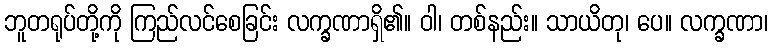
ဘူတရုပ်တို့ကို ကြည်လင်စေခြင်း လက္ခဏာရှိ၏။ ဝါ၊ တစ်နည်း။ သာယိတု၊ ပေ။ လက္ခဏာ၊